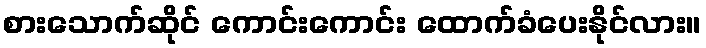
စားသောက်ဆိုင် ကောင်းကောင်း ထောက်ခံပေးနိုင်လား။